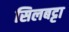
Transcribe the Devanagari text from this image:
सिलबट्टा